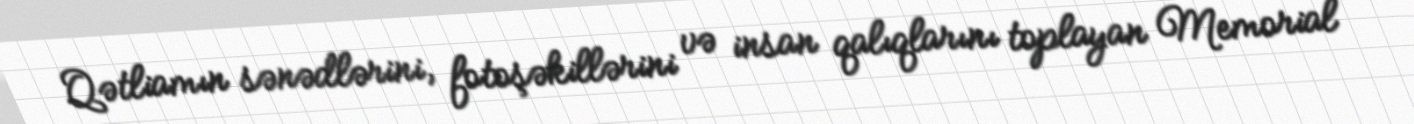
Qətliamın sənədlərini, fotoşəkillərini və insan qalıqlarını toplayan Memorial